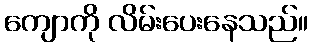
ကျောကို လိမ်းပေးနေသည်။